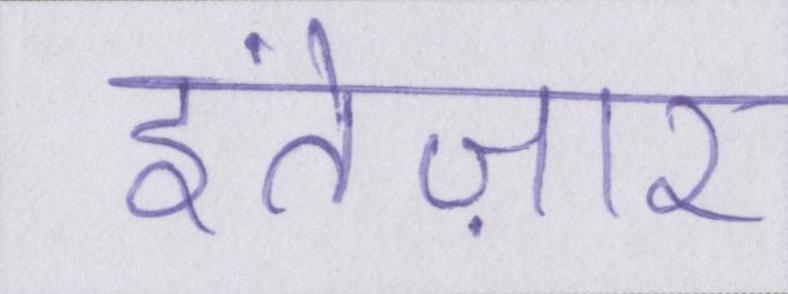
इंतेज़ार